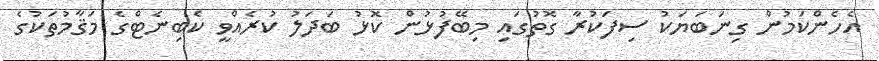
އެހެންކަމުން ގިނަބަޔަކު ސިފަކުރާ ގޮތުގައި މިބޭފުޅުން ކޮޅު ބަދަލު ކުރެއްވީ ކެބިނެޓްގެ މަޤާމުތަކުގެ